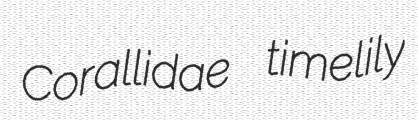
Corallidae timelily